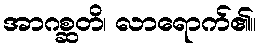
အာဂစ္ဆတိ၊ လာရောက်၏။